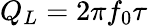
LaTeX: Q_{L}=2\pi f_{0}\tau